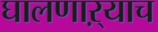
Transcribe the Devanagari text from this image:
घालणाऱ्याच